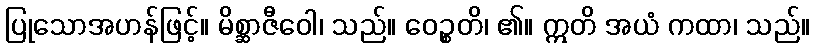
ပြုသောအဟန်ဖြင့်။ မိစ္ဆာဇီဝေါ၊ သည်။ ဝေဉ္စတိ၊ ၏။ ဣတိ အယံ ကထာ၊ သည်။